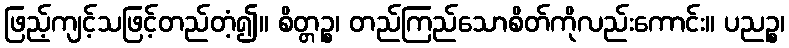
ဖြည့်ကျင့်သဖြင့်တည်တံ့၍။ စိတ္တဉ္စ၊ တည်ကြည်သောစိတ်ကိုလည်းကောင်း။ ပညဉ္စ၊